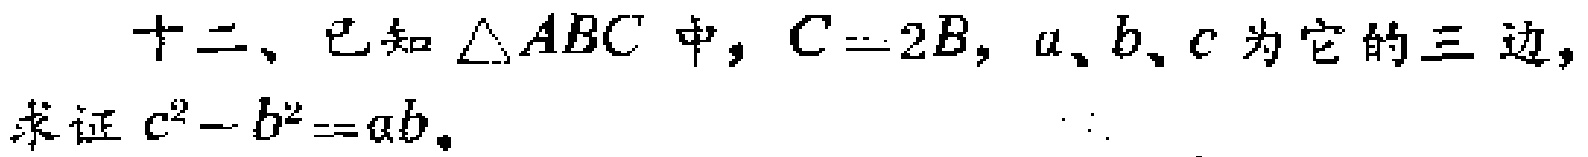
十二、已知$\triangle ABC$中，$C = 2B$，$a、b、c$为它的三边，
求证$c^{2}-b^{2}=ab$。